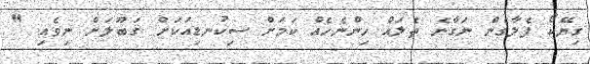
ގިޔޭކޯ ފެލާގެން ނަގާނެ ތެލައް ހިންނެހެއް ކަމަށް ސިކުނޑިއަކަށް ޤަބޫލަށް ނިވެއި "